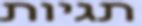
תגיות